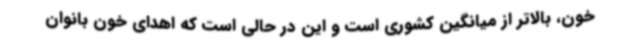
خون، بالاتر از میانگین کشوری است و این در حالی است که اهدای خون بانوان